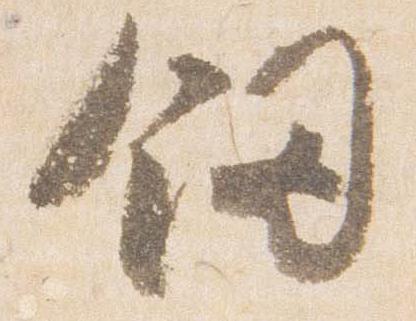
釼